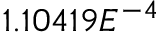
1 . 1 0 4 1 9 E ^ { - 4 }